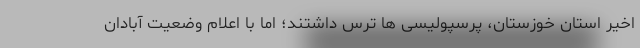
اخیر استان خوزستان، پرسپولیسی ها ترس داشتند؛ اما با اعلام وضعیت آبادان